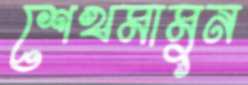
শেখমামুন